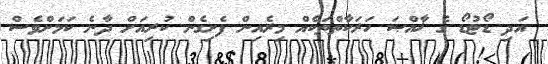
އަދި ޑޯޓުޑޯ ގެ ޚާއްޞަ ހަރަކާތްތަކެއް މިރެއިން ފެށިގެން ކުރިއަށް ދާނެ ކަމަށްވެސް